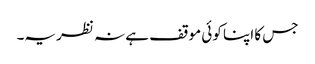
جس کا اپنا کوئی موقف ہے نہ نظریہ۔